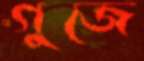
গুজে